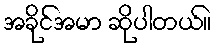
အခိုင်အမာ ဆိုပါတယ်။